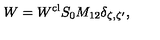
W = W ^ { \mathrm { c l } } S _ { 0 } M _ { 1 2 } \delta _ { \zeta , \zeta ^ { \prime } } ,